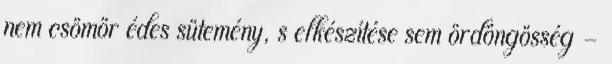
nem csömör édes sütemény, s elkészítése sem ördöngösség -